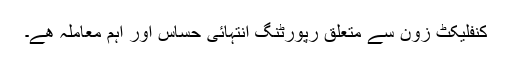
کنفلیکٹ زون سے متعلق رپورٹنگ انتہائی حساس اور اہم معاملہ ھے۔